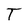
Character: T